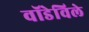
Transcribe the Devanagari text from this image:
वॉडेविले